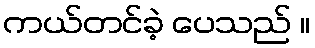
ကယ်တင်ခဲ့ ပေသည် ။